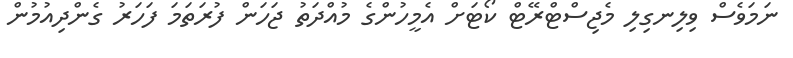
ނަމަވެސް ވިލިނގިލި މެޖިސްޓްރޭޓް ކޯޓަށް އެމީހުންގެ މުއްދަތު ޖަހަން ފުރަތަމަ ފަހަރު ގެންދިއުމުން